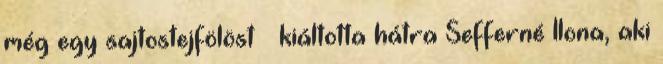
még egy sajtostejfölöst – kiáltotta hátra Sefferné Ilona, aki